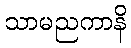
သာမညကာနိ